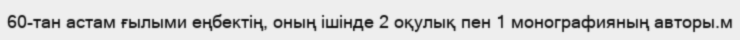
60-тан астам ғылыми еңбектің, оның ішінде 2 оқулық пен 1 монографияның авторы.м